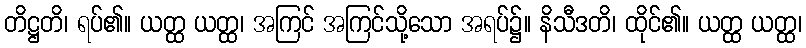
တိဋ္ဌတိ၊ ရပ်၏။ ယတ္ထ ယတ္ထ၊ အကြင် အကြင်သို့သော အရပ်၌။ နိသီဒတိ၊ ထိုင်၏။ ယတ္ထ ယတ္ထ၊